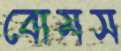
বোমস